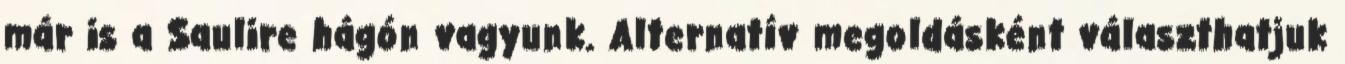
már is a Saulire hágón vagyunk. Alternatív megoldásként választhatjuk